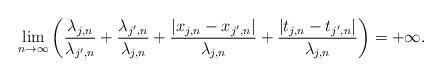
LaTeX: \begin{align*} \lim_{n\rightarrow \infty} \left(\frac{\lambda_{j,n}}{\lambda_{j',n}} + \frac{\lambda_{j',n}}{\lambda_{j,n}} + \frac{|x_{j,n}-x_{j',n}|}{\lambda_{j,n}} + \frac{|t_{j,n}-t_{j',n}|}{\lambda_{j,n}}\right) = +\infty.\end{align*}